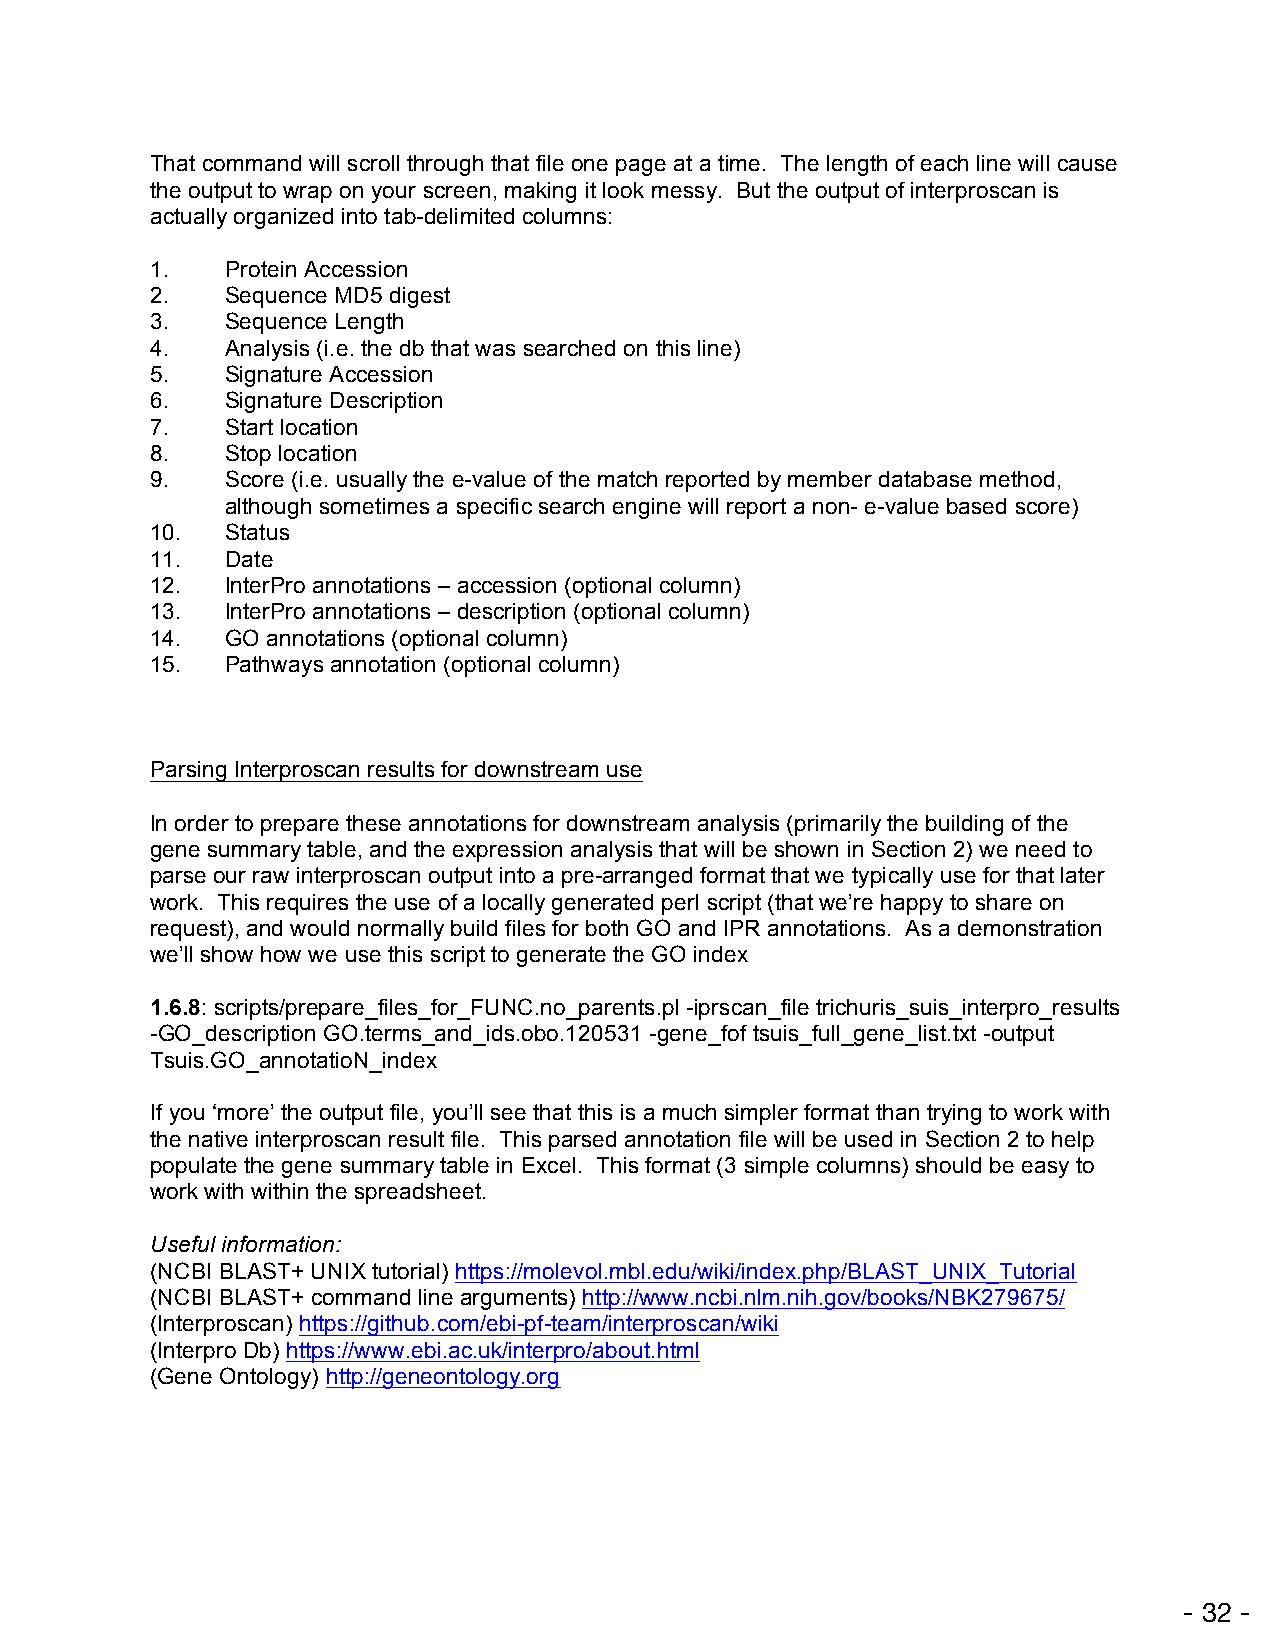
That command will scroll through that file one page at a time. The length of each line will cause
 the output to wrap on your screen, making it look messy. But the output of interproscan is
 actually organized into tab-delimited columns:
 1.   Protein Accession
 2.   Sequence MD5 digest
 3.   Sequence Length
 4.   Analysis (i.e. the db that was searched on this line)
 5.   Signature Accession
 6.   Signature Description
 7.   Start location
 8.   Stop location
 9.   Score (i.e. usually the e-value of the match reported by member database method,
 although sometimes a specific search engine will report a non- e-value based score)
 10.  Status
 11.  Date
 12.  InterPro annotations – accession (optional column)
 13.  InterPro annotations – description (optional column)
 14.  GO annotations (optional column)
 15.  Pathways annotation (optional column)
 Parsing Interproscan results for downstream use
 In order to prepare these annotations for downstream analysis (primarily the building of the
 gene summary table, and the expression analysis that will be shown in Section 2) we need to
 parse our raw interproscan output into a pre-arranged format that we typically use for that later
 work. This requires the use of a locally generated perl script (that we’re happy to share on
 request), and would normally build files for both GO and IPR annotations. As a demonstration
 we’ll show how we use this script to generate the GO index
 1.6.8: scripts/prepare_files_for_FUNC.no_parents.pl -iprscan_file trichuris_suis_interpro_results
 -GO_description GO.terms_and_ids.obo.120531 -gene_fof tsuis_full_gene_list.txt -output
 Tsuis.GO_annotatioN_index
 If you ‘more’ the output file, you’ll see that this is a much simpler format than trying to work with
 the native interproscan result file. This parsed annotation file will be used in Section 2 to help
 populate the gene summary table in Excel. This format (3 simple columns) should be easy to
 work with within the spreadsheet.
 Useful information:
 (NCBI BLAST+ UNIX tutorial) https://molevol.mbl.edu/wiki/index.php/BLAST_UNIX_Tutorial
 (NCBI BLAST+ command line arguments) http://www.ncbi.nlm.nih.gov/books/NBK279675/
 (Interproscan) https://github.com/ebi-pf-team/interproscan/wiki
 (Interpro Db) https://www.ebi.ac.uk/interpro/about.html
 (Gene Ontology) http://geneontology.org